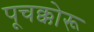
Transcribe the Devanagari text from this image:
पूचक्कोरू